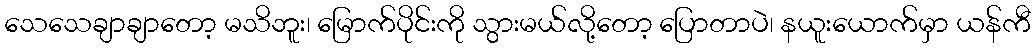
သေသေချာချာတော့ မသိဘူး၊ မြောက်ပိုင်းကို သွားမယ်လို့တော့ ပြောတာပဲ၊ နယူးယောက်မှာ ယန်ကီ